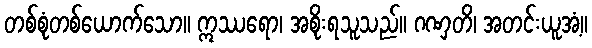
တစ်စုံတစ်ယောက်သော။ ဣဿရော၊ အစိုးရသူသည်။ ဂဏှတိ၊ အတင်းယူအံ့။